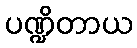
ပဏ္ဍိတာယ